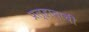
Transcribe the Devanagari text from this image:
प्रल्हादाची